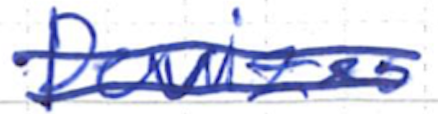
Text: Devizes
Cross-out: double-line
Writing tool: ballpoint